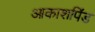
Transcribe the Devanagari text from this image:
आकाशपिंड